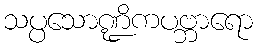
သပ္ပသောဏ္ဍိကပဗ္ဘာရော